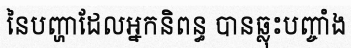
នៃបញ្ហាដែលអ្នកនិពន្ធ បានឆ្លុះបញ្ចាំង